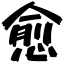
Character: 愈